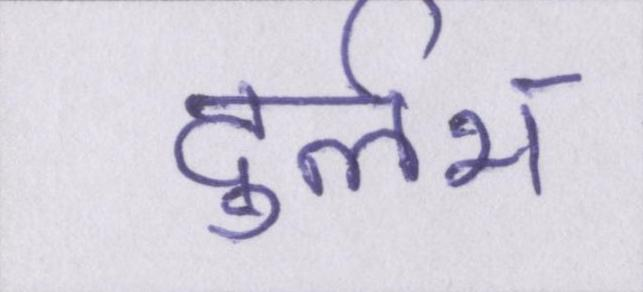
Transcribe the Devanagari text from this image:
दुर्लभ